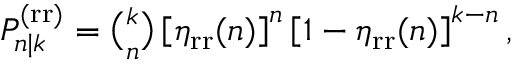
\begin{array} { r } { P _ { n | k } ^ { \mathrm { ( r r ) } } = \binom { k } { n } \left[ \eta _ { \mathrm { r r } } ( n ) \right] ^ { n } \left[ 1 - \eta _ { \mathrm { r r } } ( n ) \right] ^ { k - n } , } \end{array}